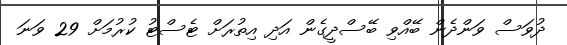
ދުވަސް ވަންދެން ބޭއްވި ބޭސްދީގެން އަދި އިތުރަށް ޓެސްޓު ކުރުމަށް 29 ވަނަ